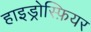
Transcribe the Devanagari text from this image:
हाइड्रोस्फ़ियर